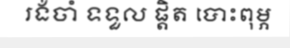
រង់ចាំ ទទួល ផ្តិត បោះពុម្ភ